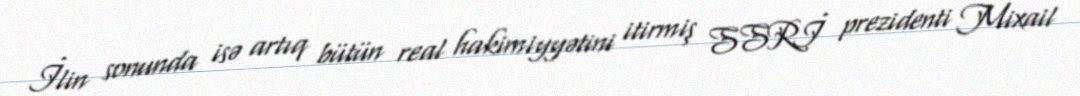
İlin sonunda isə artıq bütün real hakimiyyətini itirmiş SSRİ prezidenti Mixail